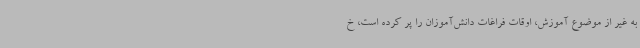
به غیر از موضوع آموزش، اوقات فراغات دانش‌آموزان را پر کرده است، خ